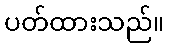
ပတ်ထားသည်။